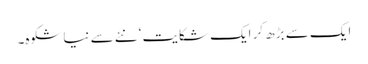
ایک سے بڑھ کر ایک شکایت‘ نئے سے نیا شکوہ۔